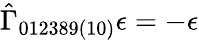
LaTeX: \hat{\Gamma}_{012389(10)}\epsilon=-\epsilon